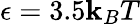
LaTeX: \epsilon=3.5\mathbf{k}_{B}T